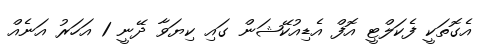
އެގޮތަކީ ފެކަލްޓީ އޮފް އެޑިއުކޭޝަން ގައި ކިޔަވާ ދޭނީ 1 އަހަރު އަނެއް